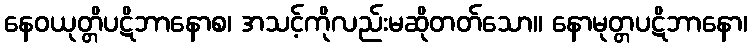
နေဝယုတ္တိပဋိဘာနောစ၊ အသင့်ကိုလည်းမဆိုတတ်သော။ နောမုတ္တပဋိဘာနော၊